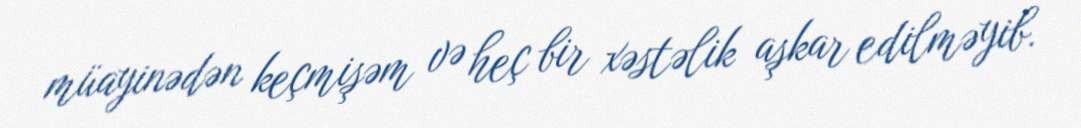
müayinədən keçmişəm və heç bir xəstəlik aşkar edilməyib.